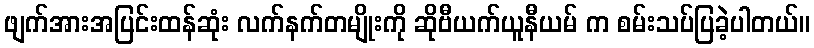
ဖျက်အားအပြင်းထန်ဆုံး လက်နက်တမျိုးကို ဆိုဗီယက်ယူနီယမ် က စမ်းသပ်ပြခဲ့ပါတယ်။